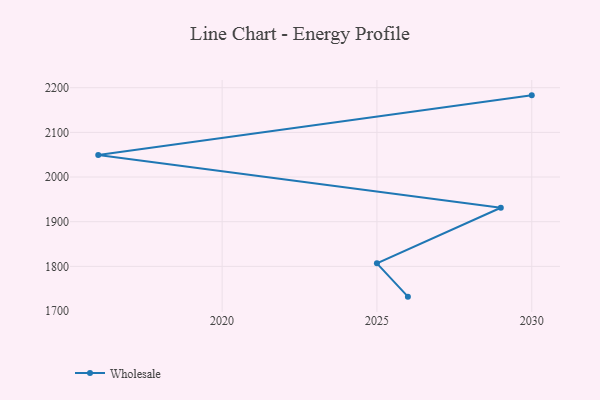
{"axis": {"x": "Year", "y": "Market Share (%)"}, "legend": ["Wholesale"], "data": [{"x": "2026", "y": 1732.2, "type": "Wholesale"}, {"x": "2025", "y": 1806.8, "type": "Wholesale"}, {"x": "2029", "y": 1931.2, "type": "Wholesale"}, {"x": "2016", "y": 2049.4, "type": "Wholesale"}, {"x": "2030", "y": 2182.9, "type": "Wholesale"}]}